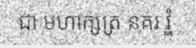
ជា មហាក្សត្រ នគរ វ្នំ